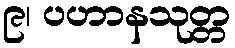
၉၊ ပဟာနသုတ္တ